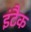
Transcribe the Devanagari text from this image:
इंटैक